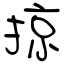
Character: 掠